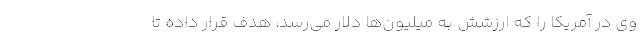
وی در آمریکا را که ارزشش به میلیون‌ها دلار می‌رسد، هدف قرار داده تا